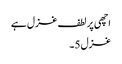
اچھی پر لطف غزل ہے
غزل 5۔